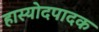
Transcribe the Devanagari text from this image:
हास्योदपादक